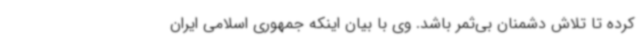
کرده تا تلاش دشمنان بی‌ثمر باشد. وی با بیان اینکه جمهوری اسلامی ایران